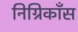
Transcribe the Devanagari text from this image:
निग्रिकाँस